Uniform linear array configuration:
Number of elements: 12
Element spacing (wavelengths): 0.25
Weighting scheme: cosine
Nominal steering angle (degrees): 45
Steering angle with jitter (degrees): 43.049
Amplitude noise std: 0.05
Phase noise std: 0.05

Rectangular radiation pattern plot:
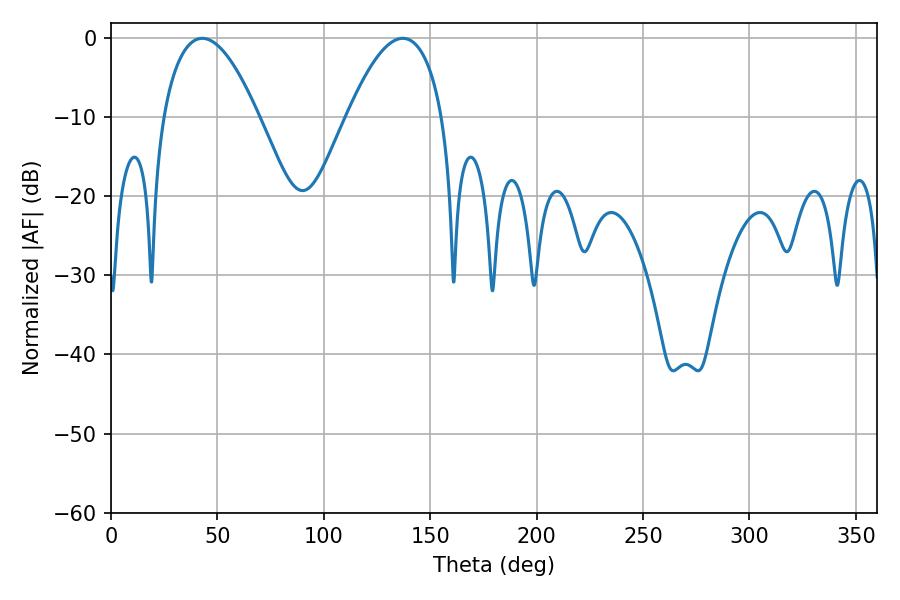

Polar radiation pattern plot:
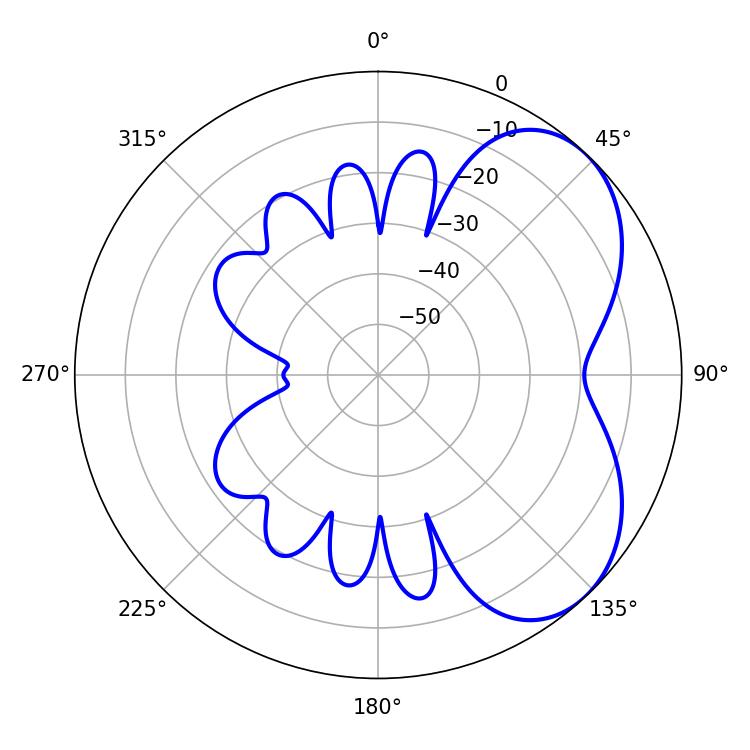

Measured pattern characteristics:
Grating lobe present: FALSE
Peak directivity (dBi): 4.896
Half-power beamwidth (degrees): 24.66
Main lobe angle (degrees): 42.84